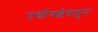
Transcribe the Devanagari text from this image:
उद्योगक्षेत्रातून